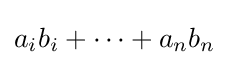
a_{i}b_{i}+\cdots +a_{n}b_{n}